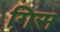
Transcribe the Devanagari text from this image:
गिस